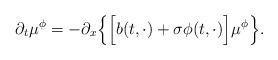
LaTeX: \begin{align*}\partial_t\mu^\phi = -\partial_x\Big\{\Big[ b(t, \cdot) + \sigma\phi(t, \cdot)\Big]\mu^\phi \Big\}.\end{align*}